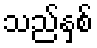
သည်နှစ်